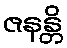
ဇနန္တိ